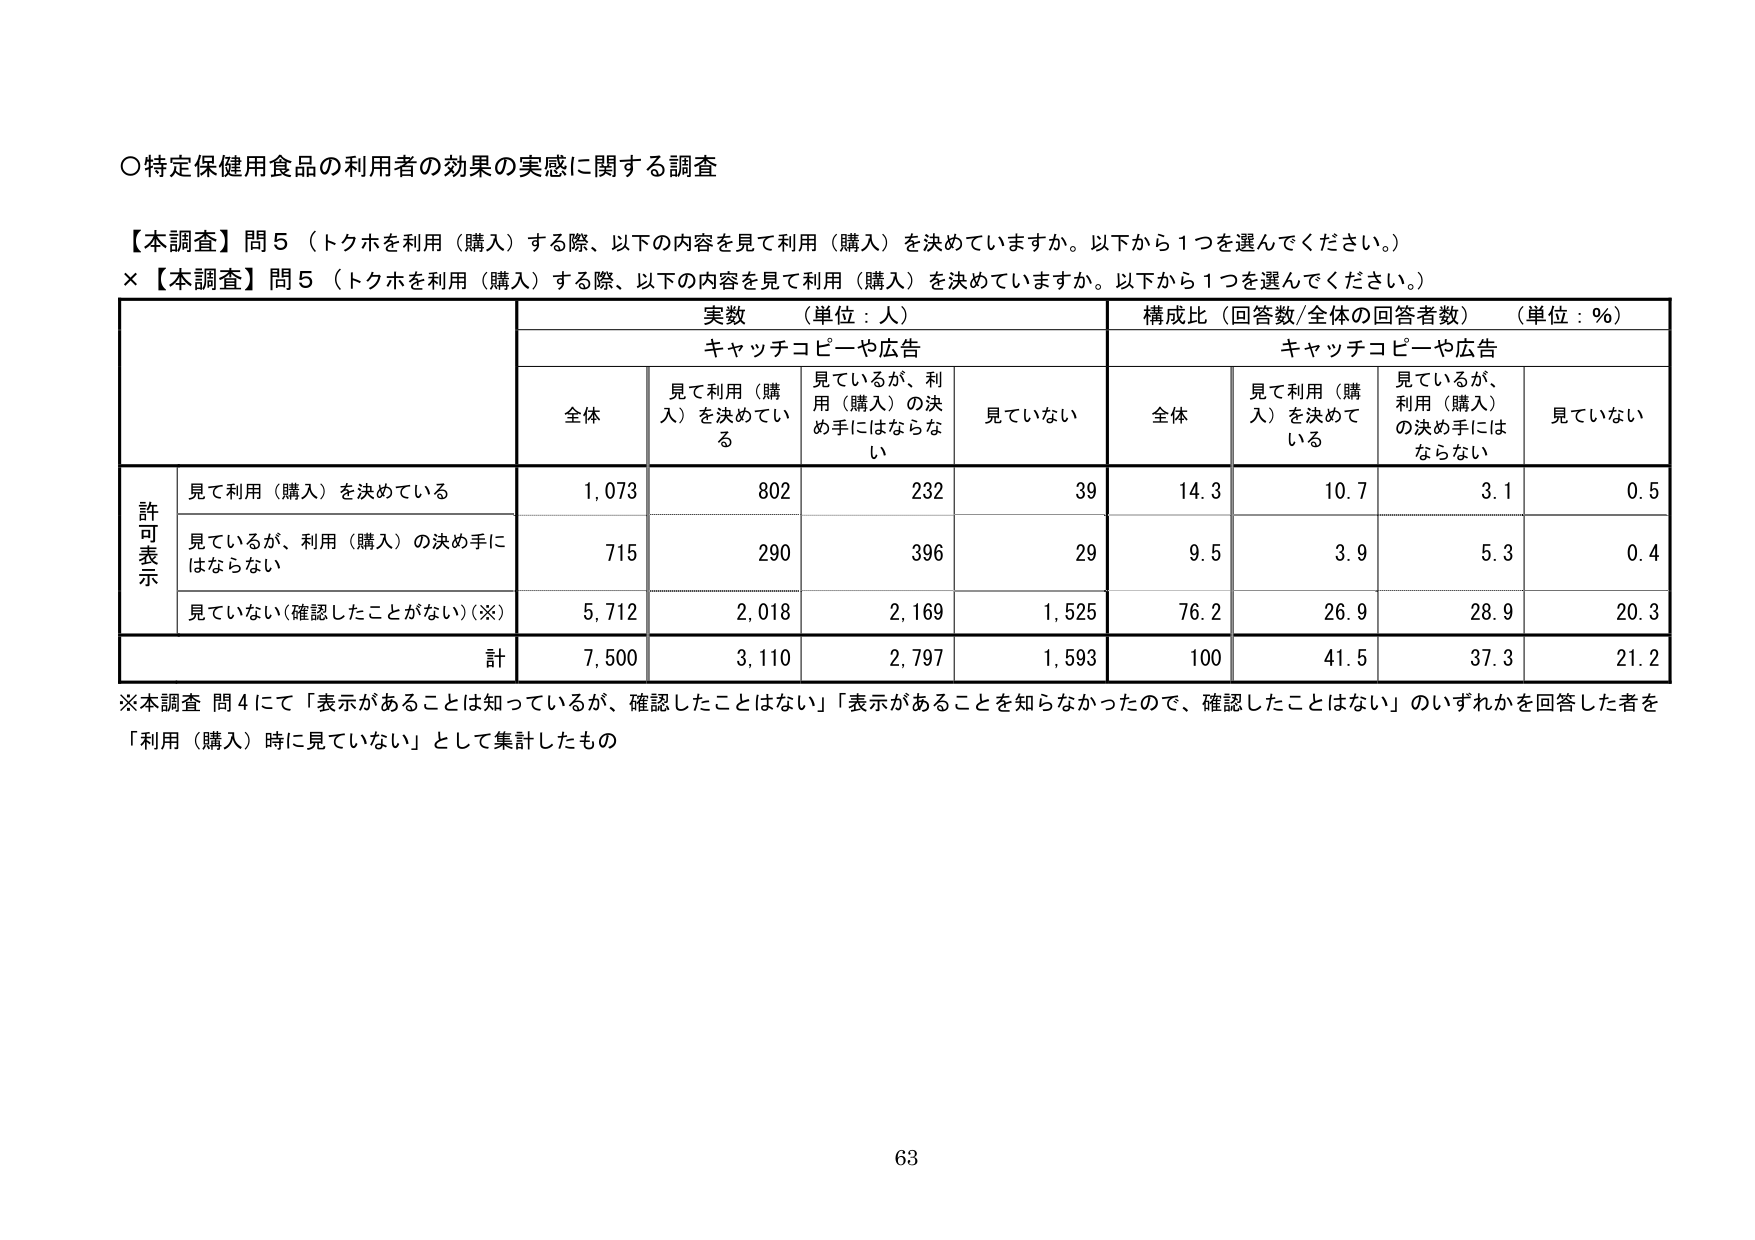
○特定保健用食品の利用者の効果の実感に関する調査

【本調査】問5（トクホを利用（購入）する際、以下の内容を見て利用（購入）を決めていますか。以下から1つを選んでください。）
×【本調査】問5（トクホを利用（購入）する際、以下の内容を見て利用（購入）を決めていますか。以下から1つを選んでください。）

実数（単位：人） 構成比（回答数/全体の回答者数）（単位：%）
キャッチコピーや広告 キャッチコピーや広告
全体 見て利用（購入）を決めている 見ているが、利用（購入）の決め手にはならない 見ていない 全体 見て利用（購入）を決めている 見ているが、利用（購入）の決め手にはならない 見ていない

許可表示
見て利用（購入）を決めている 1,073 802 232 39 14.3 10.7 3.1 0.5
見ているが、利用（購入）の決め手にはならない 715 290 396 29 9.5 3.9 5.3 0.4
見ていない（確認したことがない）（※） 5,712 2,018 2,169 1,525 76.2 26.9 28.9 20.3
計 7,500 3,110 2,797 1,593 100 41.5 37.3 21.2

※本調査 問4にて「表示があることは知っているが、確認したことはない」「表示があることを知らなかったので、確認したことはない」のいずれかを回答した者を「利用（購入）時に見ていない」として集計したもの

63